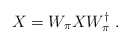
\begin{align*}X=W_\pi XW_\pi^{\dagger}\ .\end{align*}